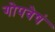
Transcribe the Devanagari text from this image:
गोपवेषं